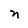
Character: n